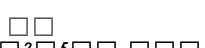
٦٩